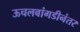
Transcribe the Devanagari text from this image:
ऊचलबांगडीनंतर